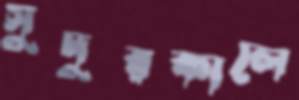
সুদূরকালে